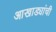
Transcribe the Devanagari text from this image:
आखाड्यांची